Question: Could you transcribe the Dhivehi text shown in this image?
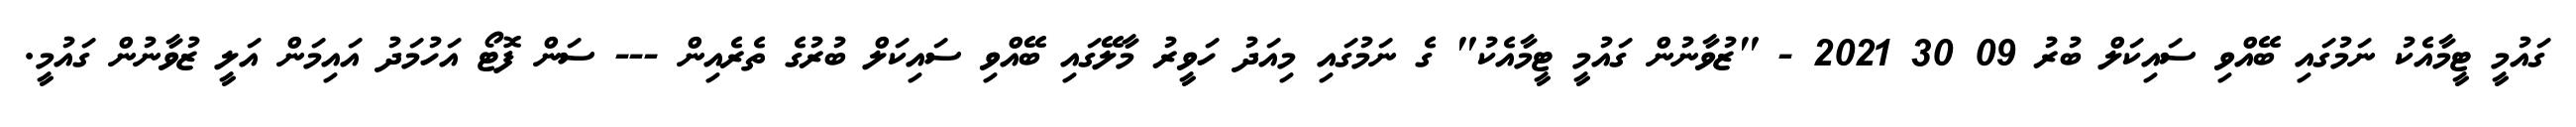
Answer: ގައުމީ ޓީމާއެކު ނަމުގައި ބޭއްވި ސައިކަލް ބުރު 09 30 2021 - "ޒުވާނުން ގައުމީ ޓީމާއެކު" ގެ ނަމުގައި މިއަދު ހަވީރު މާލޭގައި ބޭއްވި ސައިކަލް ބުރުގެ ތެރެއިން --- ސަން ފޮޓޯ އަހުމަދު އައިމަން އަލީ ޒުވާނުން ގައުމީ.